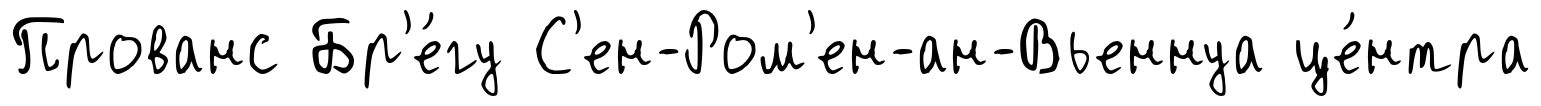
Прованс Бр'е́гу С'ен-Ром'ен-ан-Вьеннуа це́нтра